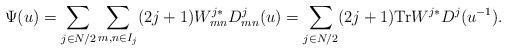
LaTeX: \begin{align*}\Psi (u)=\sum_{j\in N/2} \sum_{m,n\in I_j} (2j+1)W^{j*}_{mn}D^{j}_{mn}(u)=\sum_{j\in N/2} (2j+1) \mbox {Tr} W^{j*}D^{j}(u^{-1}).\end{align*}